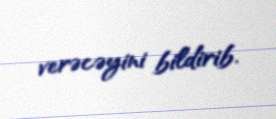
verəcəyini bildirib.